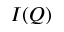
I ( Q )